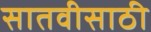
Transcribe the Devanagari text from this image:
सातवीसाठी